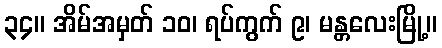
၃၄။ အိမ်အမှတ် ၁၀၊ ရပ်ကွက် ၉၊ မန္တလေးမြို့။